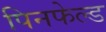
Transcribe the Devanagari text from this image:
पिनफेल्ड